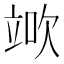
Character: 𥪅